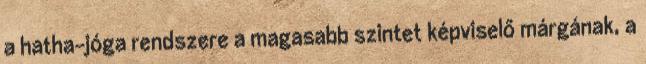
a hatha-jóga rendszere a magasabb szintet képviselő márgának, a